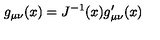
g _ { \mu \nu } ( x ) = J ^ { - 1 } ( x ) g _ { \mu \nu } ^ { \prime } ( x )